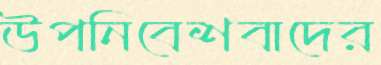
উপনিবেশবাদের